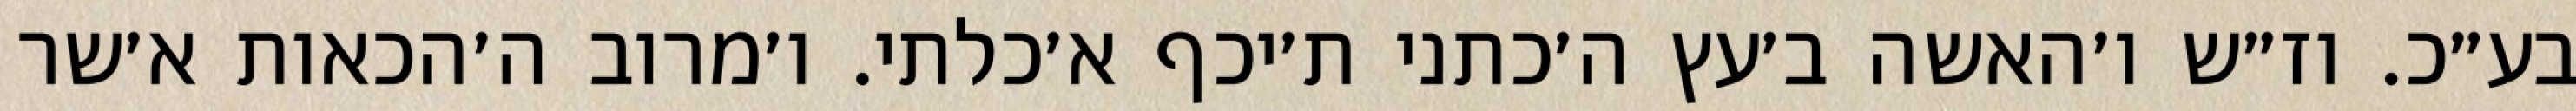
בע״כ. וז״ש ו׳האשה ב׳עץ ה׳כתני ת׳יכף א׳כלתי. ו׳מרוב ה׳הכאות א׳שר